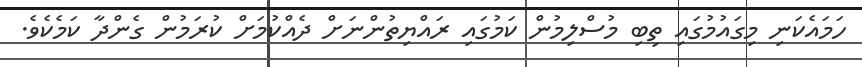
ހަމައެކަނި މިގައުމުގައި ތިބި މުސްލިމުން ކަމުގައި ރައްޔިތުންނަށް ދެއްކުމަށް ކުރަމުން ގެންދާ ކަމެކެވެ.